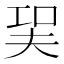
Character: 㠬